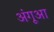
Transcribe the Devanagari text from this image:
अंगूआ